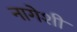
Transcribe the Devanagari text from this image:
नागेशी